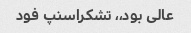
عالی بود،، تشکراسنپ فود